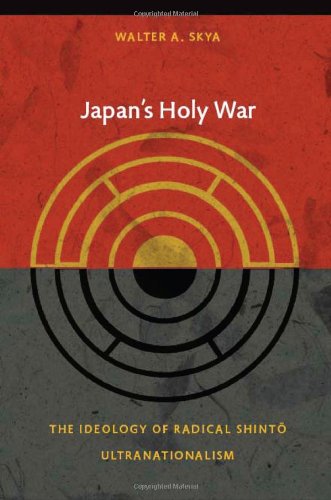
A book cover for Japan's Holy War: The Ideology of Radical Shinto Ultranationalism (Asia-Pacific: Culture, Politics, and Society); Walter Skya; Religion & Spirituality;